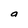
Character: a